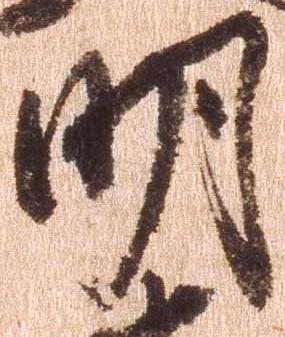
明